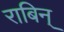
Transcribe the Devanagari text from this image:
राबिन्‌